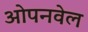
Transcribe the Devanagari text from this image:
ओपनवेल